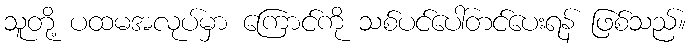
သူတို့ ပထမအလုပ်မှာ ကြောင်ကို သစ်ပင်ပေါ်တင်ပေးရန် ဖြစ်သည်။